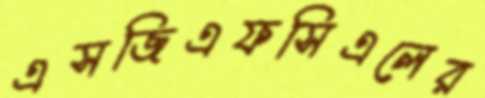
এসজিএফসিএলের